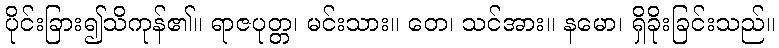
ပိုင်းခြား၍သိကုန်၏။ ရာဇပုတ္တ၊ မင်းသား။ တေ၊ သင်အား။ နမော၊ ရှိခိုးခြင်းသည်။